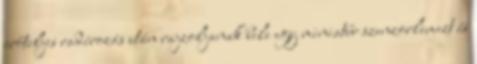
erőteljes radírozás után rajzoljanak bele egy miniatűr szenzorlemezt és